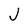
Character: J